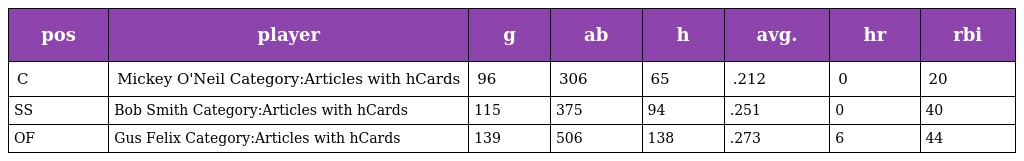
| pos | player | g | ab | h | avg. | hr | rbi |
 | --- | --- | --- | --- | --- | --- | --- | --- |
 | C | Mickey O'Neil Category:Articles with hCards | 96 | 306 | 65 | .212 | 0 | 20 |
 | SS | Bob Smith Category:Articles with hCards | 115 | 375 | 94 | .251 | 0 | 40 |
 | OF | Gus Felix Category:Articles with hCards | 139 | 506 | 138 | .273 | 6 | 44 |